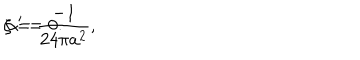
\zeta = \frac { - 1 } { 2 4 \pi a ^ { 2 } } , \hspace { 2 c m } \alpha ^ { \prime } = 0 .